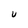
Character: U